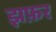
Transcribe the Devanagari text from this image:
झफ़र